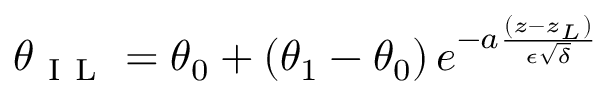
\theta _ { \mathrm { ~ I ~ L ~ } } = \theta _ { 0 } + \left( \theta _ { 1 } - \theta _ { 0 } \right) e ^ { - a \frac { \left( z - z _ { L } \right) } { \epsilon \sqrt { \delta } } }